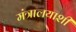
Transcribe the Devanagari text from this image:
मंत्रालयाशी